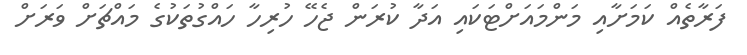
ފަރާތެއް ކަމަށާއި މަންމައަށްޓަކައި އަދާ ކުރަން ޖެހޭ ހުރިހާ ހައްގުތަކުގެ މައްޗަށް ވަރަށް